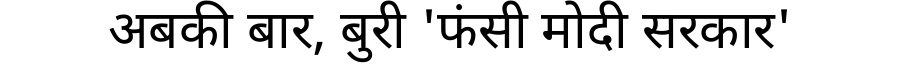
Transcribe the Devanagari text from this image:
अबकी बार, बुरी 'फंसी मोदी सरकार'